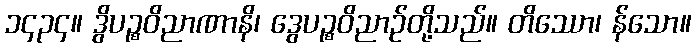
၁၄၃၄။ ဒွိပဉ္စဝိညာဏာနိ၊ ဒွေပဉ္စဝိညာဉ်တို့သည်။ တိဿော၊ န်သော။